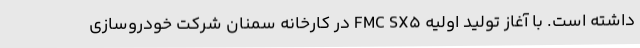
داشته است. با آغاز تولید اولیه FMC SX5 در کارخانه سمنان شرکت خودروسازی